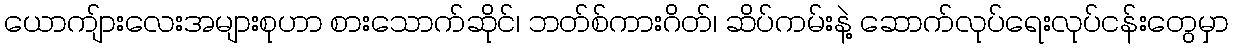
ယောကျ်ားလေးအများစုဟာ စားသောက်ဆိုင်၊ ဘတ်စ်ကားဂိတ်၊ ဆိပ်ကမ်းနဲ့ ဆောက်လုပ်ရေးလုပ်ငန်းတွေမှာ